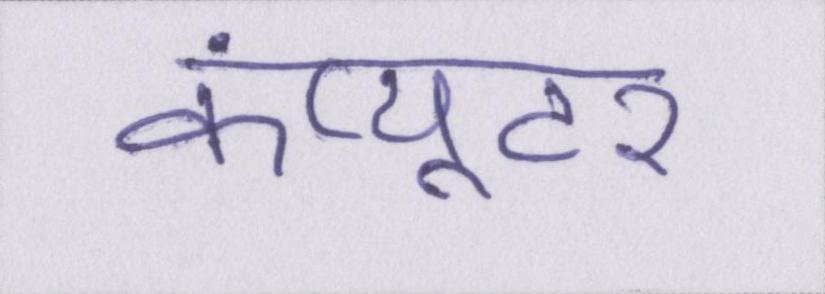
कंप्यूटर